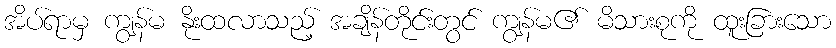
အိပ်ရာမှ ကျွန်မ နိုးထလာသည့် အချိန်တိုင်းတွင် ကျွန်မ၏ မိသားစုကို ထူးခြားသော